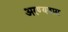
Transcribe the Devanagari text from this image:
अरण्यवास